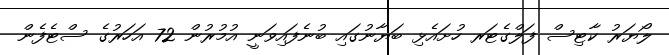
ލޯޔަރު ކާޓިސް ފަލްގެޓަރ ހުށައެޅި ބަޔާނުގައި ބުނެފައިވަނީ އުމުރުން 72 އަހަރުގެ ސްޓެފެން